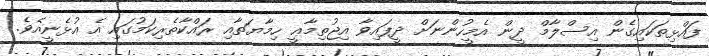
ފައްޅިތަކައިގެން އިސްލާމް ދީން އެމީހުންނަށް ދީފައިވާ އިޖުތިމާޢީ ހިމާޔަތާއި ރައްކާތެރިކަމުގައި އެ އުޅެނީއެވެ.